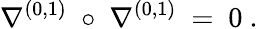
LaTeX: \nabla^{(0,1)}\; \circ\; \nabla^{(0,1)}\ =\ 0\ .